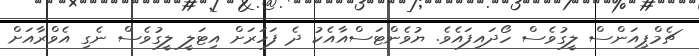
ޗެމްޕިއަންސް ލީގުވެސް ހޯދައިފައެވެ. ޔުވެންޓަސްއާއެކު ދެ ފަހަރަށް އިޓަލީ ލީގުވެސް ނެގި އެވްރާއަށް